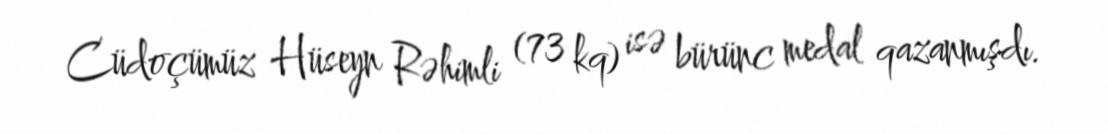
Cüdoçümüz Hüseyn Rəhimli (73 kq) isə bürünc medal qazanmışdı.